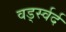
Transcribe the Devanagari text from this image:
वर्ड्स्वर्द